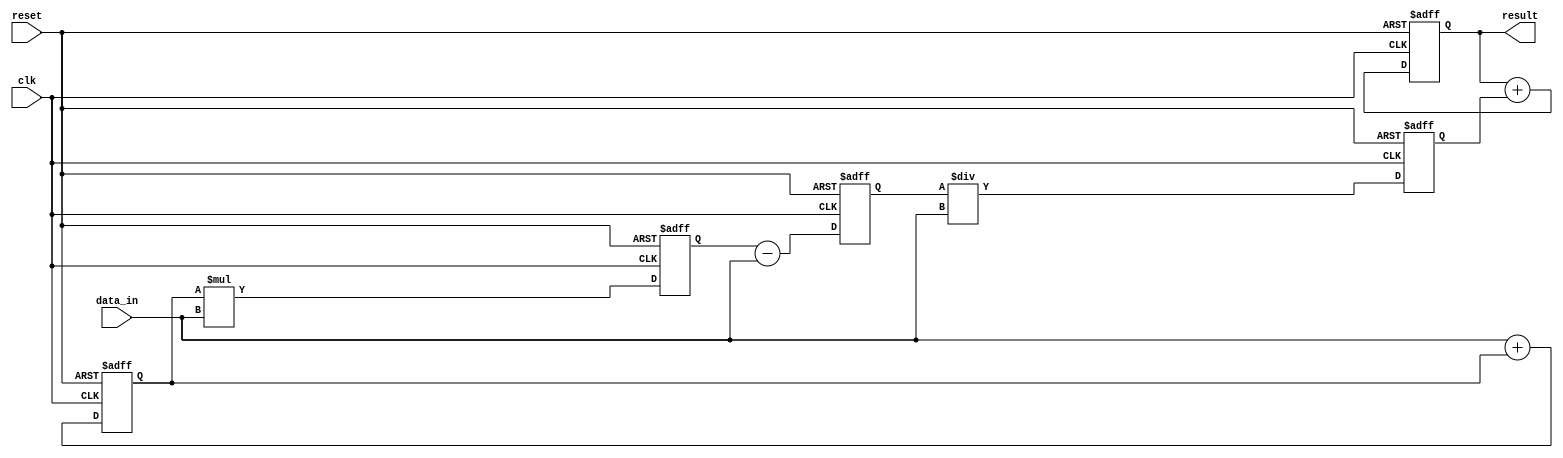
module PipelineAccumulator (
  input clk,
  input reset,
  input [7:0] data_in,
  output reg [15:0] result
);

reg [7:0] stage1_out;
reg [7:0] stage2_out;
reg [7:0] stage3_out;
reg [7:0] stage4_out;

always @(posedge clk or posedge reset) begin
  if (reset) begin
    result <= 16'd0;
    stage1_out <= 8'd0;
    stage2_out <= 8'd0;
    stage3_out <= 8'd0;
    stage4_out <= 8'd0;
  end else begin
    stage1_out <= data_in + stage1_out;
    stage2_out <= stage1_out * data_in;
    stage3_out <= stage2_out - data_in;
    stage4_out <= stage3_out / data_in;
    
    result <= result + stage4_out;
  end
end

endmodule